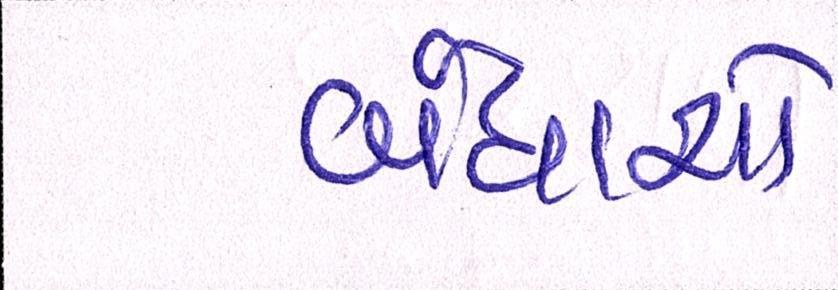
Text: બંધાશો